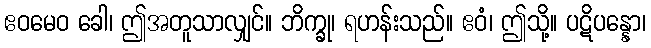
ဧဝမေဝ ခေါ၊ ဤအတူသာလျှင်။ ဘိက္ခု၊ ရဟန်းသည်။ ဧဝံ၊ ဤသို့။ ပဋိပန္နော၊